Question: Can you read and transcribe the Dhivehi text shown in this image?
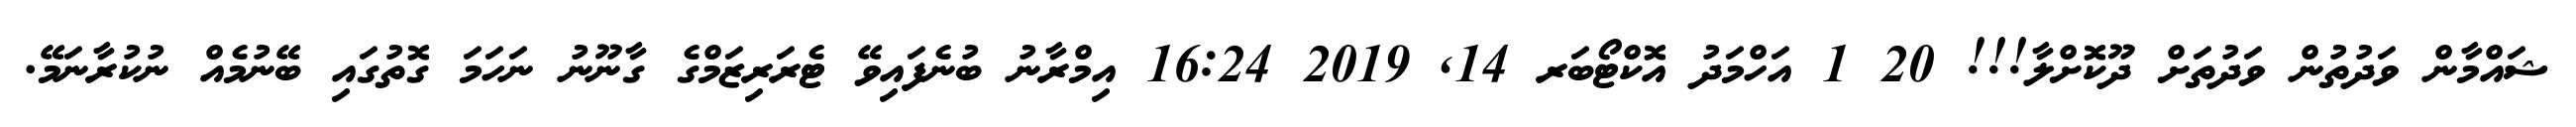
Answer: ޝައްމާން ވަދުތުން ވަދުތަށް ދޫކޮށްލާ!!! 20 1 އަހްމަދު އޮކްޓޯބަރ 14, 2019 16:24 އިމްރާނު ބުނެފައިވޭ ޓެރަރިޒަމްގެ ގާނޫނު ނަހަމަ ގޮތުގައި ބޭނުމެއް ނުކުރާނަމޭ.